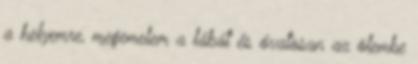
a helyemre, megemelem a lábát és óvatosan az ölembe